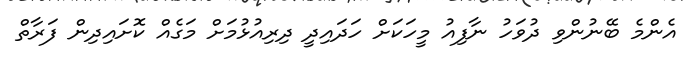
އެންމެ ބޭނުންވި ދުވަހު ނާފިއު މީހަކަށް ހަދައިދީ ދިރިއުޅުމަށް މަގެއް ކޮށައިދިން ފަރާތް